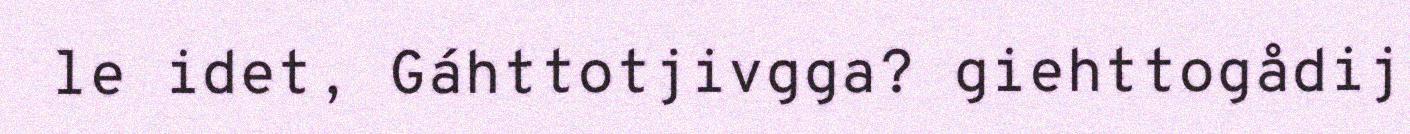
le idet, Gáhttotjivgga? giehttogådij